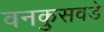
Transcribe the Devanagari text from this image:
वनकुसवडे